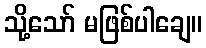
သို့သော် မဖြစ်ပါချေ။